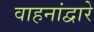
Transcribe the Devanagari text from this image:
वाहनांद्वारे